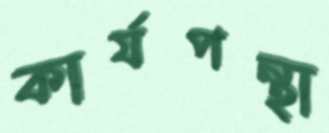
কার্যপন্থা